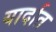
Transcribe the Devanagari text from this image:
यार्दात